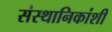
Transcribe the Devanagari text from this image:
संस्थानिकांशी